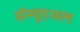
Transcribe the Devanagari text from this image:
सॅम्यूएअल